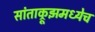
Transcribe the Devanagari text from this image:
सांताक्रूझमध्येच